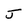
Character: J